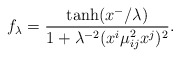
\begin{align*}f_\lambda = \frac{\tanh(x^-/\lambda)}{1 + \lambda^{-2} (x^i \mu^2_{ij}x^j)^2}.\end{align*}